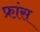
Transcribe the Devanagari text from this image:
फ्रा़ंस